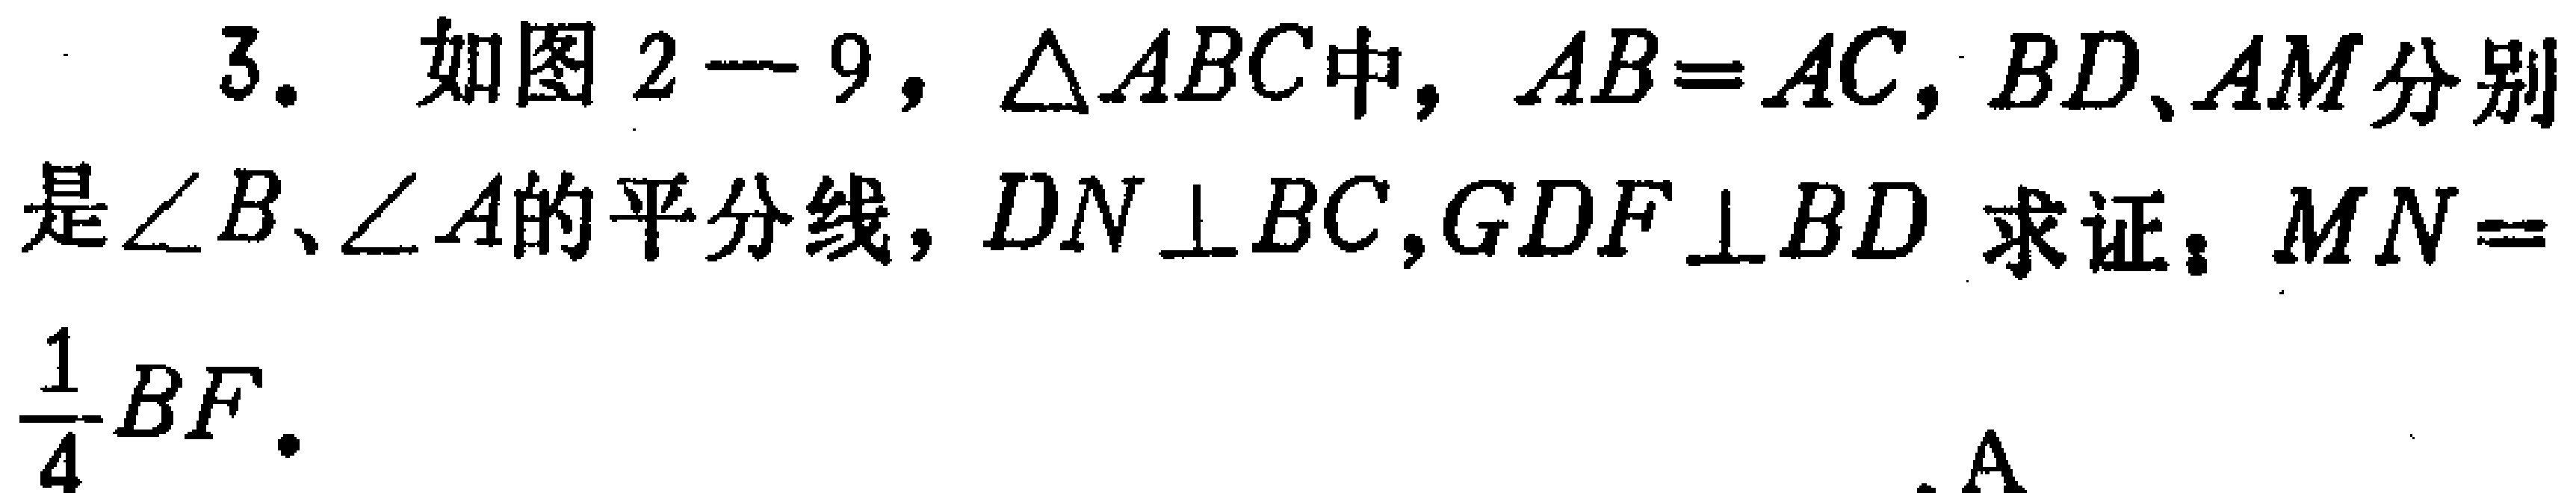
3. 如图2—9，$\triangle ABC$中，$AB = AC$，$BD、AM$分别是$\angle B、\angle A$的平分线，$DN\perp BC$，$GDF\perp BD$ 求证：$MN = \frac{1}{4}BF.$